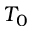
T _ { 0 }